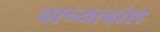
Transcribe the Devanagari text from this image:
वाच्यत्वांश